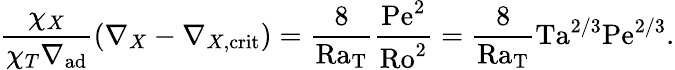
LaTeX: {\frac{\chi_{X}}{\chi_{T}\nabla_{\mathrm{ad}}}}(\nabla_{X}-\nabla_{X,\mathrm{crit}})={\frac{8}{\mathrm{Ra_{T}}}}{\frac{\mathrm{Pe}^{2}}{\mathrm{Ro}^{2}}}={\frac{8}{\mathrm{Ra_{T}}}}\mathrm{Ta}^{2/3}\mathrm{Pe}^{2/3}.